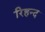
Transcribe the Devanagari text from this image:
रिहन्‍द